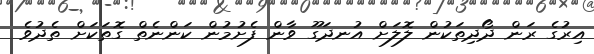
އިރުގެ ރަން ދޯދިތަކުން ލޮލަށް އުނދަގޫ ވާން ފެށުމުން ކަންނެތް ގޮތަކަށް ތެދުވެ